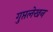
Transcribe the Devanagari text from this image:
गुप्तलेखन